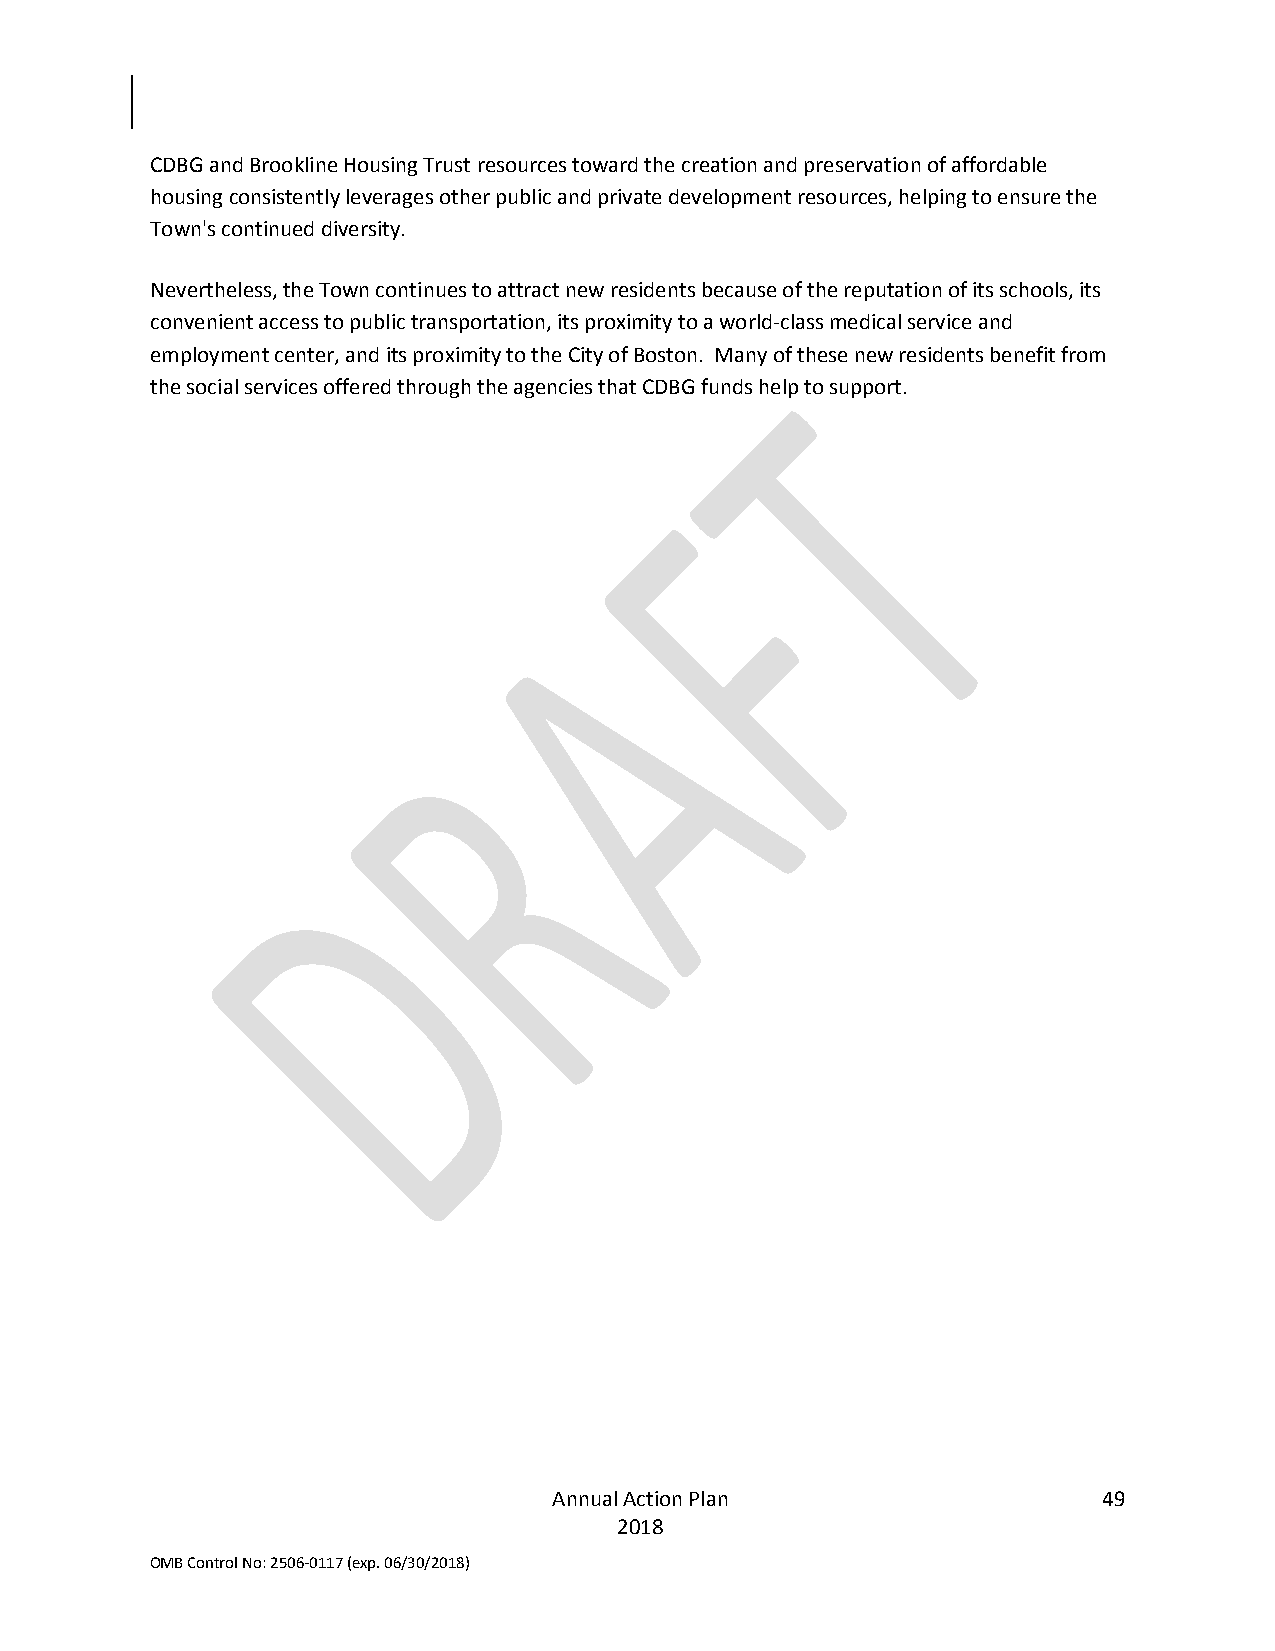
CDBG and Brookline Housing Trust resources toward the creation and preservation of affordable
 housing consistently leverages other public and private development resources, helping to ensure the
 Town's continued diversity.
 Nevertheless, the Town continues to attract new residents because of the reputation of its schools, its
 convenient access to public transportation, its proximity to a world-class medical service and
 employment center, and its proximity to the City of Boston. Many of these new residents benefit from
 the social services offered through the agencies that CDBG funds help to support.
 Annual Action Plan                  49
 2018
 OMB Control No: 2506-0117 (exp. 06/30/2018)